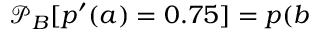
\mathcal { P } _ { B } [ p ^ { \prime } ( a ) = 0 . 7 5 ] = p ( b